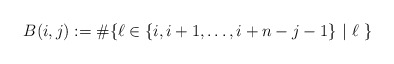
\begin{align*}B(i,j):=\#\{ \ell\in \{i, i+1, \dots, i+n-j-1\}~|~\ell~\}\end{align*}